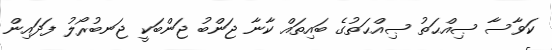
ކަވާސާ ޞިއްޙަތު ޞިއްޙަތުގެ ބައިތައް ކާނާ ޖަންބު ޖަންބަކީ ޖަނބުރޯލު ފަދައިން